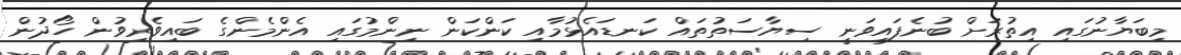
މިބަޔާނުގައި އިތުރަށް ބުނެފައިވަނީ ސިޔާސަތުތައް ކަނޑައެޅުމާއި ކަންކަން ނިންމުގައި އެންމެންގެ ބައިވެރިވުން ހޯދުން